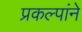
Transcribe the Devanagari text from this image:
प्रकल्पांने